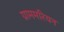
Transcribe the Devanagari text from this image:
ग्राममरियन